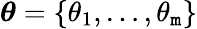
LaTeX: \boldsymbol{\theta}=\{ \theta_{1},\dots,\theta_{\mathtt{m}}\}